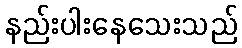
နည်းပါးနေသေးသည်